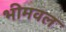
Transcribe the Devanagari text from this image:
भीमवल